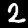
Label: 2